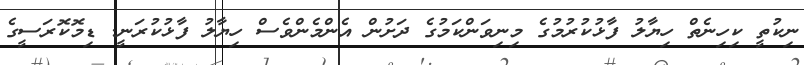
ނިކުތީ ކިހިނެތް ހިޔާލު ފާޅުކުރުމުގެ މިނިވަންކަމުގެ ދަށުން އެންމެންވެސް ހިޔާލު ފާާޅުކުރަނީ. ޑިމޮކޮރަސީގެ